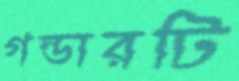
গন্ডারটি